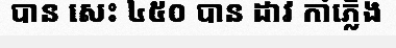
បាន សេះ ៤៥០ បាន ដាវ កាំភ្លើង